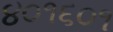
૪૦૧૬૦૧